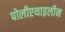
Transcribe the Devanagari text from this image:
पोलीएथाइलीन